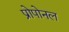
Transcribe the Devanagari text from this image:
प्रोपोनल